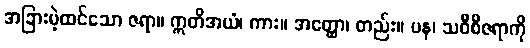
အခြားမဲ့ထင်သော ဇရာ။ ဣတိအယံ၊ ကား။ အတ္ထော၊ တည်း။ ပန၊ သဝီစိဇရာကို